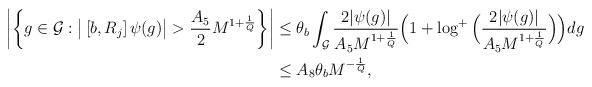
LaTeX: \begin{align*}\left|\left\{g\in\mathcal G:\big|\left[b, R_j\right]\psi(g)\big|>{A_5\over 2}M^{1+{1\over Q}}\right\}\right|&\leq\theta_b\int_{\mathcal G}{2|\psi(g)|\over A_5 M^{1+{1\over Q}}}\Big(1+\log^+\Big({2|\psi(g)|\over A_5 M^{1+{1\over Q}}}\Big)\Big)dg\\&\leq A_8\theta_bM^{-{1\over Q}},\end{align*}